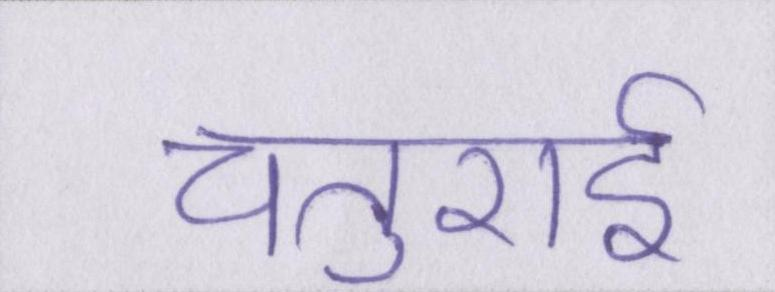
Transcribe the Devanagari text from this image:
चतुराई